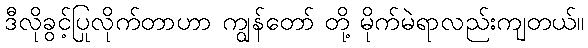
ဒီလိုခွင့်ပြုလိုက်တာဟာ ကျွန်တော် တို့ မိုက်မဲရာလည်းကျတယ်။